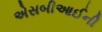
એસબીઆઈની